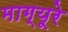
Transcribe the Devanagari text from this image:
माग्यूरे